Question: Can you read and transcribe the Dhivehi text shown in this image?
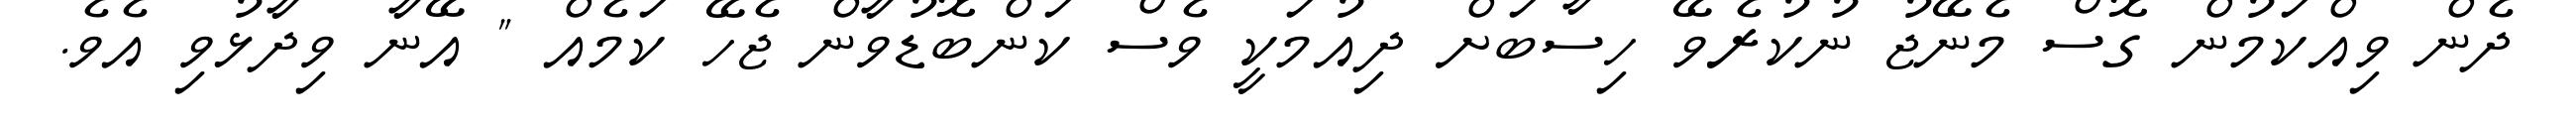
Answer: ދެން ވިއްކަމުން ގޮސް މެނޭޖު ނުކުރެވޭ ހިސާބަށް ދިއުމަކީ ވެސް ކަންބޮޑުވާން ޖެހޭ ކަމެއް " އޭނާ ވިދާޅުވި އެވެ.